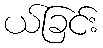
ယ်ခြင်း